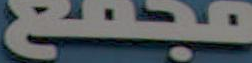
مجمع